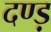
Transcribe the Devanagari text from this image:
दण्ड़